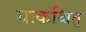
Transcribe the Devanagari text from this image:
यःकश्चित्